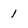
Character: 1